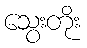
သွေးတိုး